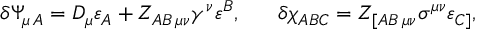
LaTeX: \delta \Psi _ { \mu \, A } = D _ { \mu } \varepsilon _ { A } + Z _ { A B \, \mu \nu } \gamma ^ { \nu } \varepsilon ^ { B } , \ \ \ \ \ \delta \chi _ { A B C } = Z _ { [ A B \, \mu \nu } \sigma ^ { \mu \nu } \varepsilon _ { C ] } ,